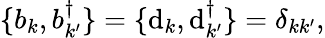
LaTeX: \{ b_{k},b_{k^{\prime}}^{\dagger}\} =\{ \mathrm{d}_{k},\mathrm{d}_{k^{\prime}}^{\dagger}\} =\delta_{kk^{\prime}},